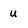
Character: u